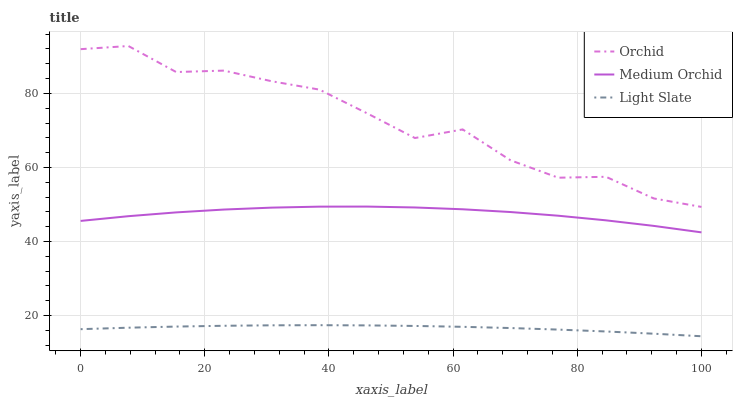
| xaxis_label | Orchid | Medium Orchid | Light Slate |
 | --- | --- | --- | --- |
 | 0 | 91.9 | 45.6 | 16.3 |
 | 7.69 | 92.8 | 46.8 | 16.7 |
 | 15.4 | 85.8 | 47.9 | 17 |
 | 23.1 | 86.2 | 48.6 | 17.3 |
 | 30.8 | 83.3 | 49.2 | 17.4 |
 | 38.5 | 81 | 49.4 | 17.4 |
 | 46.2 | 74.6 | 49.4 | 17.4 |
 | 53.8 | 68 | 49.2 | 17.2 |
 | 61.5 | 70.3 | 48.7 | 17 |
 | 69.2 | 62 | 48 | 16.7 |
 | 76.9 | 57.2 | 47 | 16.2 |
 | 84.6 | 57.5 | 45.7 | 15.7 |
 | 92.3 | 51.6 | 44.2 | 15.1 |
 | 100 | 49.3 | 42.5 | 14.4 |